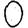
Digit: 0